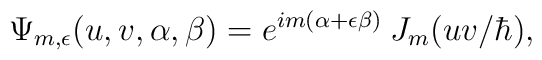
\Psi_{m,\epsilon} (u,v,\alpha,\beta) = e^{im (\alpha +     \epsilon \beta)} \: J_m (uv/\hbar) ,